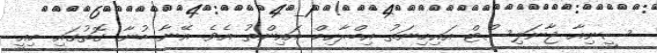
ސީނިއާ ޖާނަލިސްޓް އައިމިނަތު އިބްރާހިމް އައިންތު އެވެ. އޭނާ ބުނާ ގޮތުގައި މިއީ